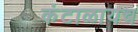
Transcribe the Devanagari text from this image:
कंटाळायच